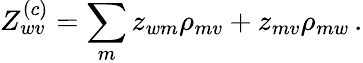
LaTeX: Z_{wv}^{(c)}=\sum_{m}z_{wm}\rho_{mv}+z_{mv}\rho_{mw}\, .